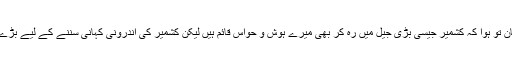
مجھے دیکھ کر انہیں اطمینان تو ہوا کہ کشمیر جیسی بڑی جیل میں رہ کر بھی میرے ہوش و حواس قائم ہیں لیکن کشمیر کی اندرونی کہانی سننے کے لیے بڑے بےتاب بھی ہو رہے تھے۔